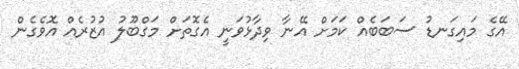
އޭގެ މައިގަނޑު ސަބަބެއް ކަމަށް އޭނާ ވިދާޅުވަނީ އެގޮތަށް މަގްބޫލު އުޒުރެއް އޮވެގެން